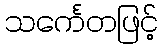
သင်္ကေတဖြင့်